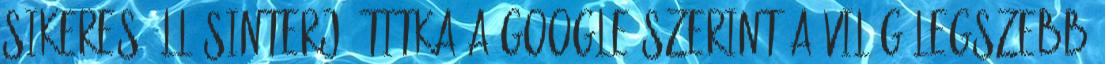
sikeres állásinterjú titka a Google szerint A világ legszebb